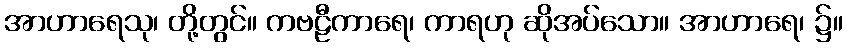
အာဟာရေသု၊ တို့တွင်။ ကဗဠီကာရေ၊ ကာရဟု ဆိုအပ်သော။ အာဟာရေ၊ ၌။